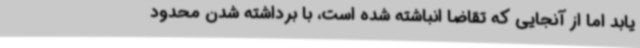
یابد اما از آنجایی که تقاضا انباشته شده است، با برداشته شدن محدود